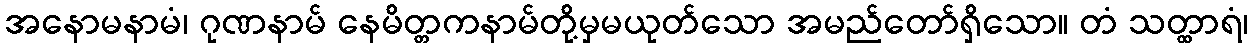
အနောမနာမံ၊ ဂုဏနာမ် နေမိတ္တကနာမ်တို့မှမယုတ်သော အမည်တော်ရှိသော။ တံ သတ္ထာရံ၊